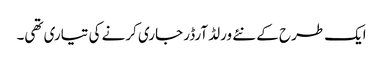
ایک طرح کے نئے ورلڈ آرڈر جاری کرنے کی تیاری تھی۔